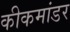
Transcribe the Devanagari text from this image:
कीकमांडर